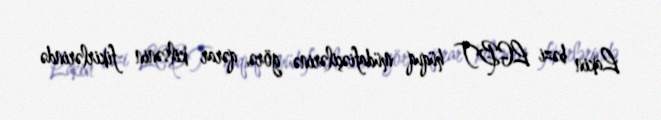
Lakin bəzi LGBT hüquq müdafiəçilərinə görə, qərar kilsənin fikirlərində